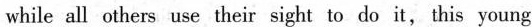
while all others use their sight to do it, thisyoung